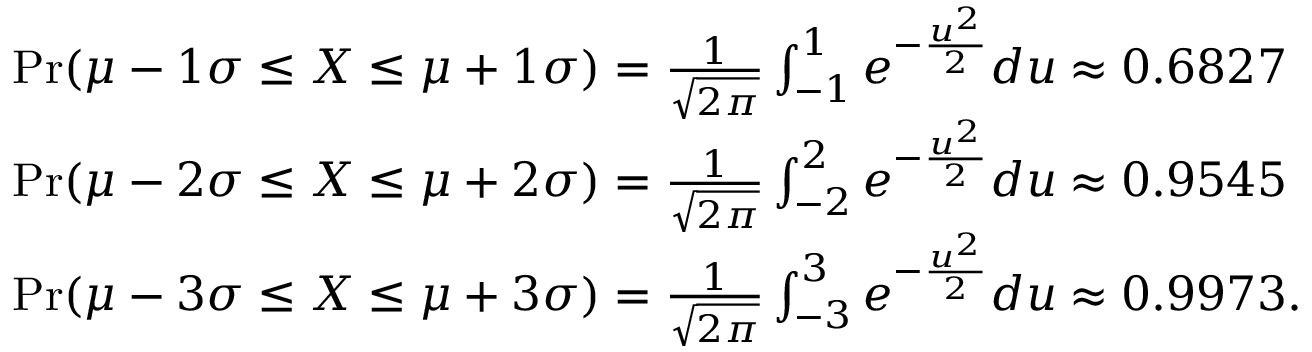
{ \begin{array} { r l } & { \operatorname* { P r } ( \mu - 1 \sigma \leq X \leq \mu + 1 \sigma ) = { \frac { 1 } { \sqrt { 2 \pi } } } \int _ { - 1 } ^ { 1 } e ^ { - { \frac { u ^ { 2 } } { 2 } } } d u \approx 0 . 6 8 2 7 } \\ & { \operatorname* { P r } ( \mu - 2 \sigma \leq X \leq \mu + 2 \sigma ) = { \frac { 1 } { \sqrt { 2 \pi } } } \int _ { - 2 } ^ { 2 } e ^ { - { \frac { u ^ { 2 } } { 2 } } } d u \approx 0 . 9 5 4 5 } \\ & { \operatorname* { P r } ( \mu - 3 \sigma \leq X \leq \mu + 3 \sigma ) = { \frac { 1 } { \sqrt { 2 \pi } } } \int _ { - 3 } ^ { 3 } e ^ { - { \frac { u ^ { 2 } } { 2 } } } d u \approx 0 . 9 9 7 3 . } \end{array} }